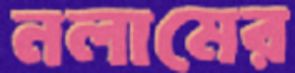
নলামের